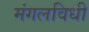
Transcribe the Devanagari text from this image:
मंगलविधी